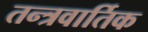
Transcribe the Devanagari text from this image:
तन्त्रवार्तिक